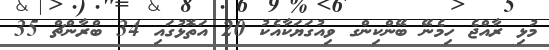
މުޅި ރާއްޖެ ހިމެނޭ ބޭންކިންގ ވިއުގަޔަކާއެކު 20 އަތޮޅުގައި 34 ބްރާންޗް 35